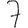
Digit: 7